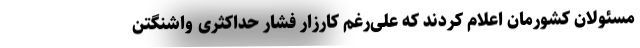
مسئولان کشورمان اعلام کردند که علی‌رغم کارزار فشار حداکثری واشنگتن